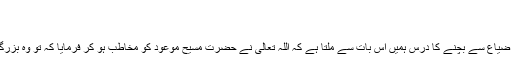
(الاعراف 54:)
چنانچہ کسی شاعر نے کیا خوب کہا ہے
وقت کی قدر و قیمت سمجھنے اور پھر وقت کے ضیاع سے بچنے کا درس ہمیں اس بات سے ملتا ہے کہ اللہ تعالیٰ نے حضرت مسیح موعود کو مخاطب ہو کر فرمایا کہ تُو وہ بزرگ مسیح ہے جس کا وقت ضائع نہیں کیا جائے گا۔